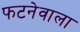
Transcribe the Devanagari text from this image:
फटनेवाला